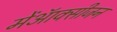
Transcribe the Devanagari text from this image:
मेंऑक्सीजन